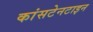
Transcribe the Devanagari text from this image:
कांसटेनटाइन